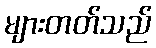
များတတ်သည်